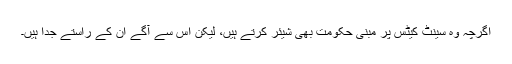
اگرچہ وہ سینٹ کیٹس پر مبنی حکومت بھی شیئر کرتے ہیں، لیکن اس سے آگے ان کے راستے جدا ہیں۔